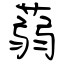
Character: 蒻